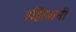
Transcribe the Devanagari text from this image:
उझियानी